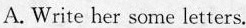
A. Write her some letters.